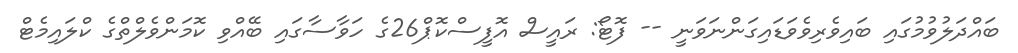
ބައްދަލުވުމުގައި ބައިވެރިވެވަޑައިގަންނަވަނީ -- ފޮޓޯ: ރައީސް އޮފީސްކޮޕް26ގެ ހަވާސާގައި ބޭއްވި ކޮމަންވެލްތްގެ ކްލައިމެޓް